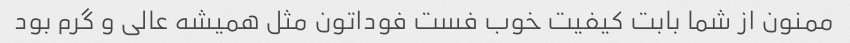
ممنون از شما بابت کیفیت خوب فست فوداتون مثل همیشه عالی و گرم بود